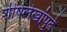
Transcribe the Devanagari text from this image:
शीर्षलेखांपुढे